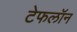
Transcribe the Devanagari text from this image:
टेफलॉन